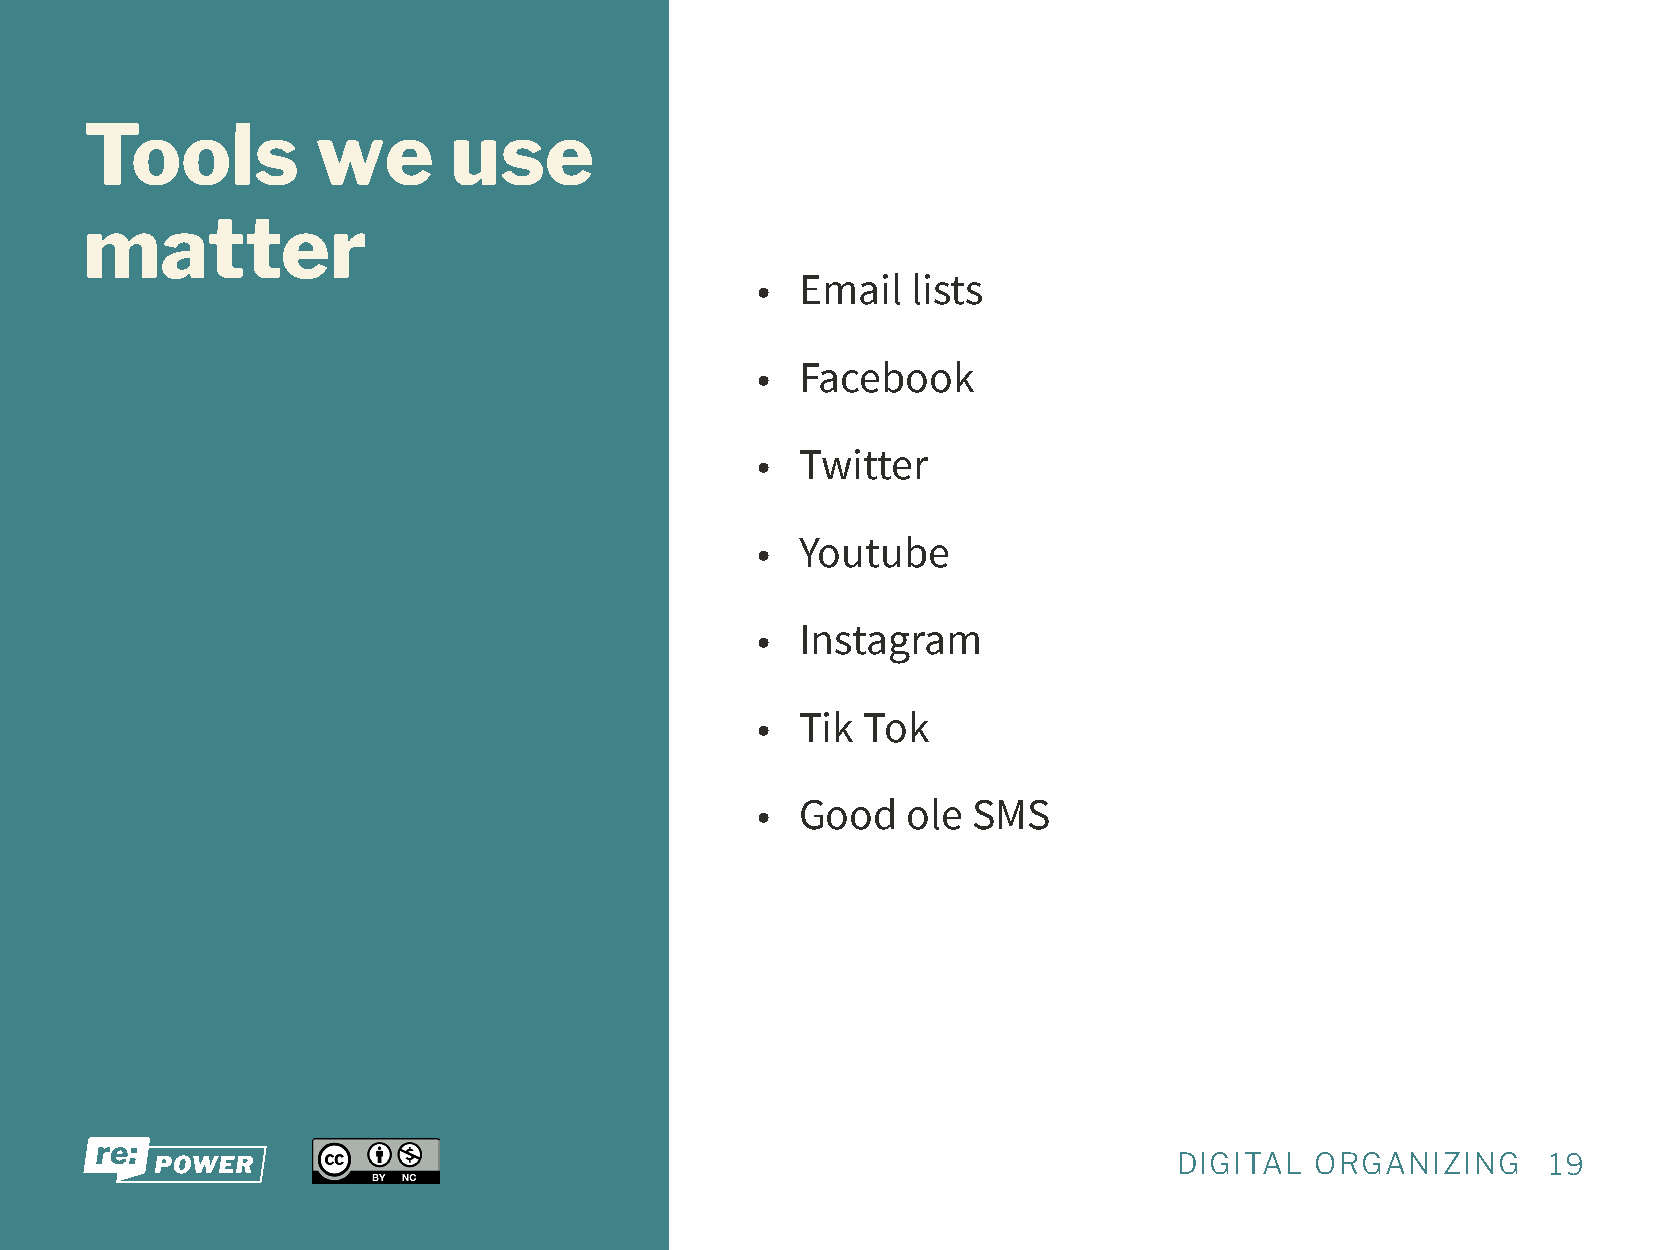
Tools          we       use
 matter
 •  Email  lists
 •  Facebook
 •  Twitter
 •  Youtube
 •  Instagram
 •  Tik Tok
 •  Good   ole SMS
 DIGITAL  ORGANIZING      19